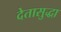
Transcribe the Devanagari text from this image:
देतासुद्धा